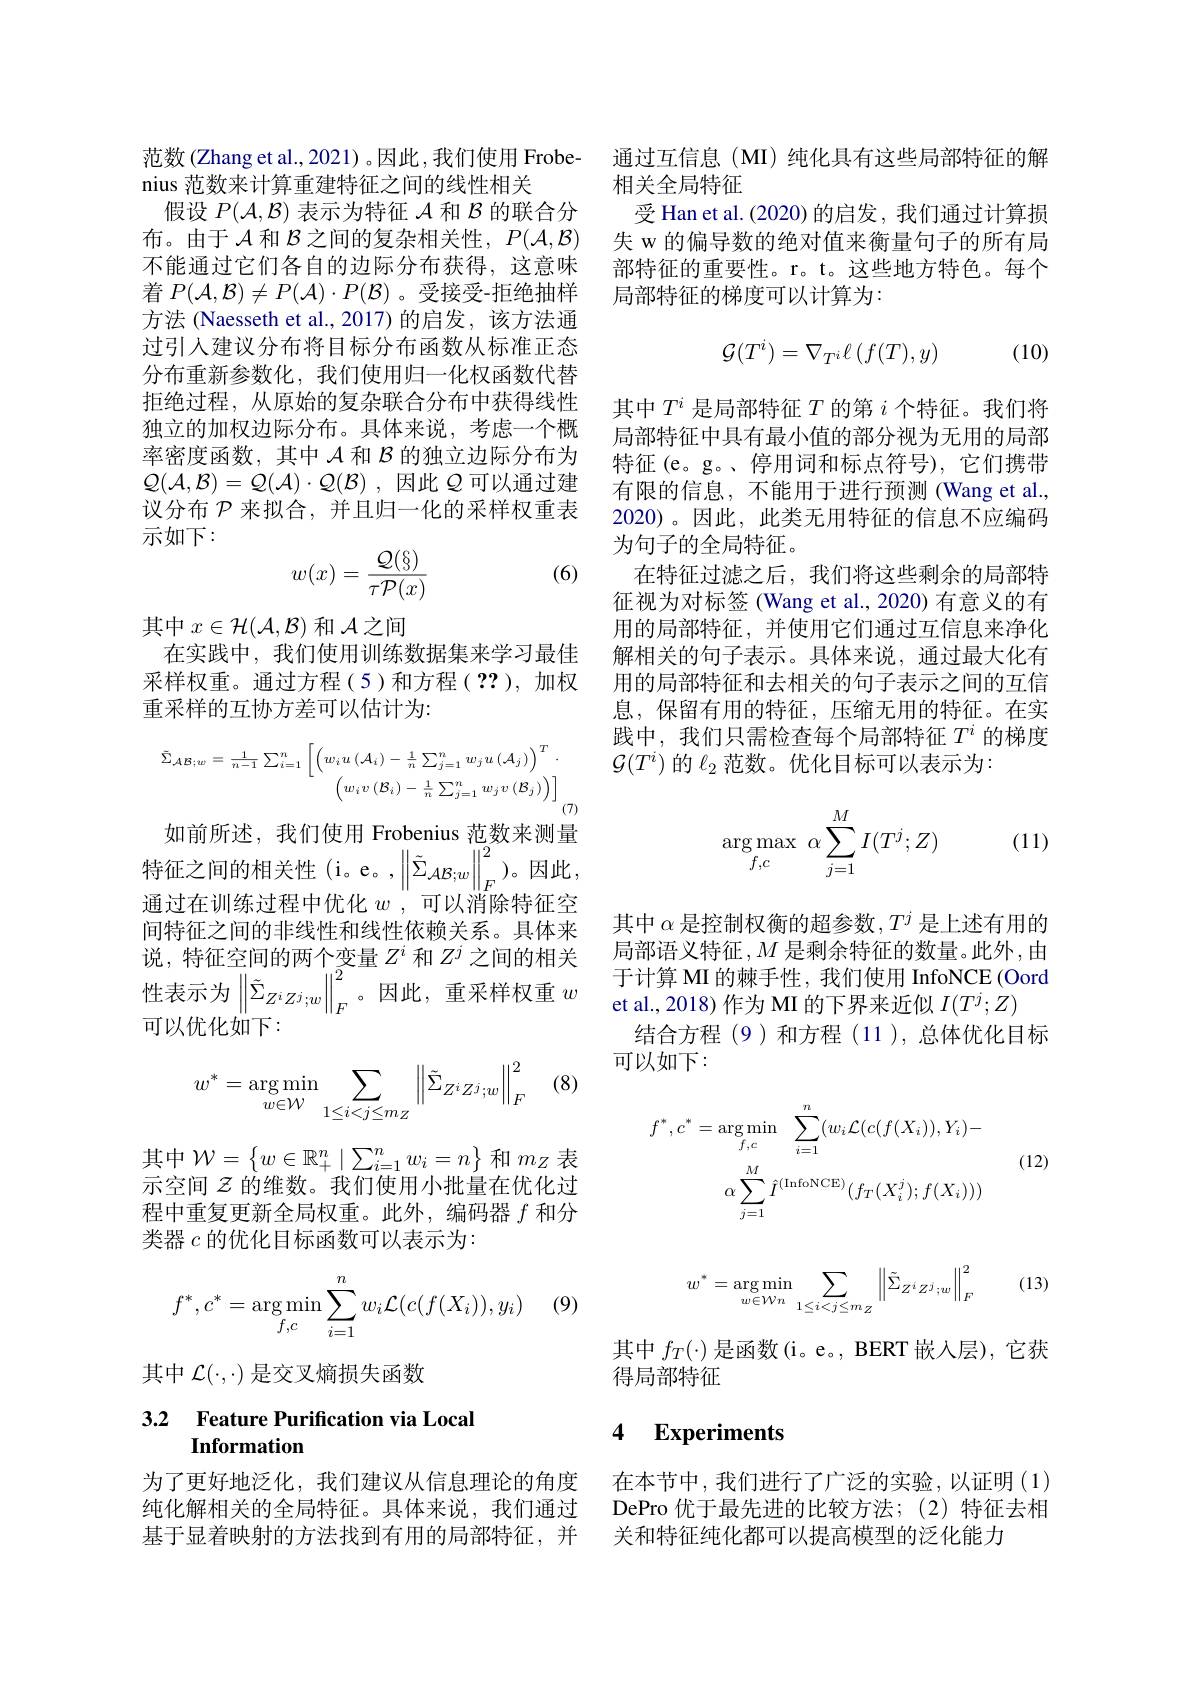
范数(Zhang et al., 2021) 。因此，我们使用 Frobe-
nius 范数来计算重建特征之间的线性相关
假设$P(\mathcal{A},\mathcal{B})$表示为特征$\mathcal{A}$和$\mathcal{B}$的联合分布。由于$\mathcal{A}$和$\mathcal{B}$之间的复杂相关性，$P(\mathcal{A},\mathcal{B})$ 不能通过它们各自的边际分布获得，这意味着$P(\mathcal{A},\mathcal{B})\neq P(\mathcal{A})\cdot P(\mathcal{B})$ 。受接受-拒绝抽样方法 (Naesseth et al.,2017)的启发，该方法通过引入建议分布将目标分布函数从标准正态分布重新参数化，我们使用归一化权函数代替拒绝过程，从原始的复杂联合分布中获得线性独立的加权边际分布。具体来说，考虑一个概率密度函数，其中$\mathcal{A}$和$\mathcal{B}$的独立边际分布为$\mathcal{Q} ( \mathcal{A} , \mathcal{B} ) = \mathcal{Q} ( \mathcal{A} ) \cdot \mathcal{Q} ( \mathcal{B} )$ ,因此$\mathcal{Q}$可以通过建议分布$\mathcal{P}$来拟合，并且归一化的采样权重表示如下：
$$w(x)=\frac{\mathcal{Q}(\S)}{\tau\mathcal{P}(x)}$$
(6)

其中$x\in\mathcal{H}(\mathcal{A},\mathcal{B})$和$\mathcal{A}$之间
在实践中，我们使用训练数据集来学习最佳采样权重。通过方程(5)和方程(2?),加权重采样的互协方差可以估计为：
$$\tilde{\Sigma}_{\mathcal{AB};w}=\frac{1}{n-1}\sum_{i=1}^{n}\left[\left(w_{i}u\left(\mathcal{A}_{i}\right)-\frac{1}{n}\sum_{j=1}^{n}w_{j}u\left(\mathcal{A}_{j}\right)\right)^{T}\cdot\\\left(w_{i}v\left(\mathcal{B}_{i}\right)-\frac{1}{n}\sum_{j=1}^{n}w_{j}v\left(\mathcal{B}_{j}\right)\right)\right]_{(7)}$$
$\begin{aligned}\text{如前所述，我们使用 Frobenius 范数来测量}\\\text{特征之间的相关性(i。e。,}\left\|\tilde{\Sigma}_{\mathcal{A}\mathcal{B};w}\right\|_{F}^{2})。因此，\end{aligned}$ 通过在训练过程中优化$w$ ,可以消除特征空间特征之间的非线性和线性依赖关系。具体来说，特征空间的两个变量$Z^i$和$Z^j$之间的相关性表示为$\left\|\tilde{\Sigma}_{Z^{i}Z^{j};w}\right\|_{F}^{2}$。因此，重采样权重$u$ 可以优化如下：

(8
$$w^*=\underset{w\in\mathcal{W}}{\arg\min}\sum_{1\leq i<j\leq m_Z}\left\|\tilde{\Sigma}_{Z^iZ^j;w}\right\|_F^2$$
其中$\mathcal{W}=\left\{w\in\mathbb{R}_+^n\mid\sum_{i=1}^nw_i=n\right\}$和$m_Z$表示空间$z$的维数。我们使用小批量在优化过程中重复更新全局权重。此外，编码器$f$和分类器$c$的优化目标函数可以表示为：

(9)
$$f^*,c^*=\underset{f,c}{\arg\min}\sum_{i=1}^nw_i\mathcal{L}(c(f(X_i)),y_i)$$
其中$\mathcal{L}(\cdot,\cdot)$是交叉熵损失函数

### 3.2 Feature Purification via Local Information

为了更好地泛化，我们建议从信息理论的角度纯化解相关的全局特征。具体来说，我们通过基于显着映射的方法找到有用的局部特征，并

通过互信息(MI)纯化具有这些局部特征的解
相关全局特征
受 Han et al. (2020) 的启发，我们通过计算损失 w 的偏导数的绝对值来衡量句子的所有局部特征的重要性。r。t。这些地方特色。每个局部特征的梯度可以计算为：

(10)
$$\mathcal{G}(T^i)=\nabla_{T^i}\ell\left(f(T),y\right)$$
其中$T^i$是局部特征$T$的第$i$个特征。我们将局部特征中具有最小值的部分视为无用的局部特征(e。g。、停用词和标点符号),它们携带有限的信息，不能用于进行预测(Wang et al., 2020)。因此，此类无用特征的信息不应编码为句子的全局特征。
在特征过滤之后，我们将这些剩余的局部特征视为对标签 (Wang et al.,2020) 有意义的有用的局部特征，并使用它们通过互信息来净化解相关的句子表示。具体来说，通过最大化有用的局部特征和去相关的句子表示之间的互信息，保留有用的特征，压缩无用的特征。在实践中，我们只需检查每个局部特征$T^i$的梯度$\mathcal{G}(T^i)$的$\ell_2$范数。优化目标可以表示为：

(11)
$$\underset{f,c}{\arg\max}\:\alpha\sum_{j=1}^MI(T^j;Z)$$
其中$\alpha$是控制权衡的超参数$,T^j$是上述有用的局部语义特征$,M$ 是剩余特征的数量。此外，由于计算 MI 的棘手性，我们使用 InfoNCE (Oord et al., 2018) 作为 MI 的下界来近似$I(T^j;Z)$
结合方程(9)和方程(11),总体优化目标
可以如下：
$$\begin{aligned}f^{*},c^{*}&=\arg\operatorname*{min}_{f,c}\sum_{i=1}^{n}(w_{i}\mathcal{L}(c(f(X_{i})),Y_{i})-\\&\alpha\sum_{j=1}^{M}\hat{I}^{(\mathrm{InfoNCE})}(f_{T}(X_{i}^{j});f(X_{i})))\end{aligned}$$
(12)

(13)
$$w^*=\underset{w\in\mathcal{W}n}{\arg\min}\sum_{1\leq i<j\leq m_Z}\left\|\tilde{\Sigma}_{Z^iZ^j;w}\right\|_F^2$$
其中$f_T(\cdot)$是函数(i。e。, BERT 嵌人层),它获
得局部特征

### 4 $\textbf{Experiments}$

在本节中，我们进行了广泛的实验，以证明(1) DePro 优于最先进的比较方法；(2)特征去相关和特征纯化都可以提高模型的泛化能力